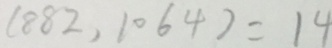
( 8 8 2 , 1 0 6 4 ) = 1 4